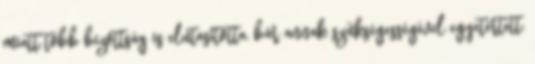
miatt több bizottság is elutasította, bár annak szükségességével egyetértett.